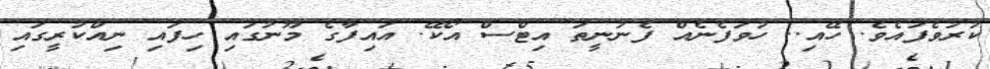
ކުރުވެފައެވެ. ހޭއި.. ހުވަފެނެއް ފެނުނީތަ އިޓްސް އޯކޭ. އައިފާގެ މޫނުގައި ހިފައި ނިއްކުރީގައި